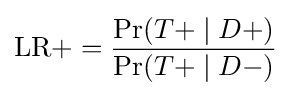
{\text{LR}}+={\frac {\Pr({T+}\mid D+)}{\Pr({T+}\mid D-)}}